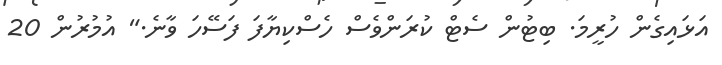
އަޅައިގެން ހުރީމަ. ބިޓުން ސެޓް ކުރަންވެސް ހެސްކިޔާފަ ފަސޭހަ ވާނެ." އުމުރުން 20